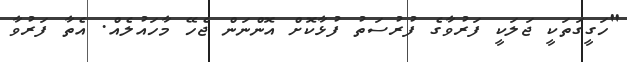
"ހަގީގަތަކީ ޖަލަކީ ފަރުވާގެ ފުރުސަތު ފުޅާކޮށް އޮންނަން ޖެހޭ މާހައުލެއް. އެތާ ފަރުވާ